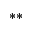
^ { * * }